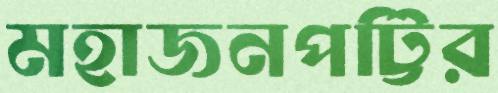
মহাজনপট্টির